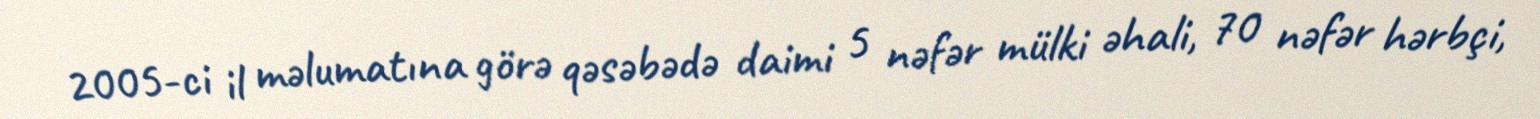
2005-ci il məlumatına görə qəsəbədə daimi 5 nəfər mülki əhali, 70 nəfər hərbçi,